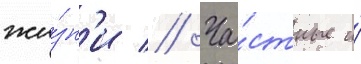
жи́зн'и // Ча́стные и́